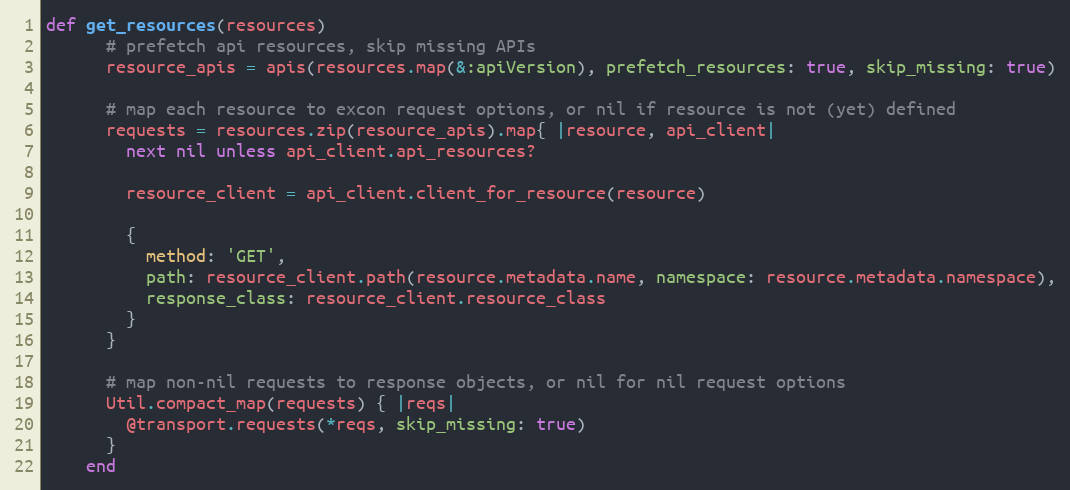
Language: Ruby
def get_resources(resources)
      # prefetch api resources, skip missing APIs
      resource_apis = apis(resources.map(&:apiVersion), prefetch_resources: true, skip_missing: true)

      # map each resource to excon request options, or nil if resource is not (yet) defined
      requests = resources.zip(resource_apis).map{ |resource, api_client|
        next nil unless api_client.api_resources?

        resource_client = api_client.client_for_resource(resource)

        {
          method: 'GET',
          path: resource_client.path(resource.metadata.name, namespace: resource.metadata.namespace),
          response_class: resource_client.resource_class
        }
      }

      # map non-nil requests to response objects, or nil for nil request options
      Util.compact_map(requests) { |reqs|
        @transport.requests(*reqs, skip_missing: true)
      }
    end